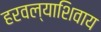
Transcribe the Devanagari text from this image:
हरवल्याशिवाय